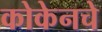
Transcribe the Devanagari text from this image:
कोकेनचे